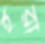
হরা